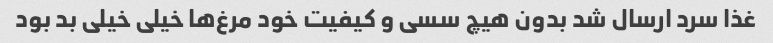
غذا سرد ارسال شد بدون هیچ سسی و کیفیت خود مرغ‌ها خیلی خیلی بد بود